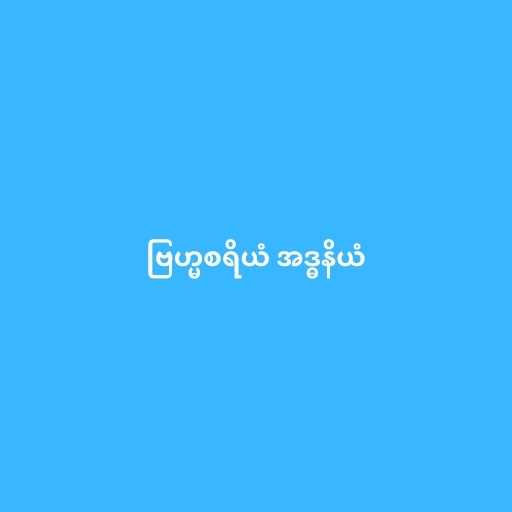
ဗြဟ္မစရိယံ အဒ္ဓနိယံ